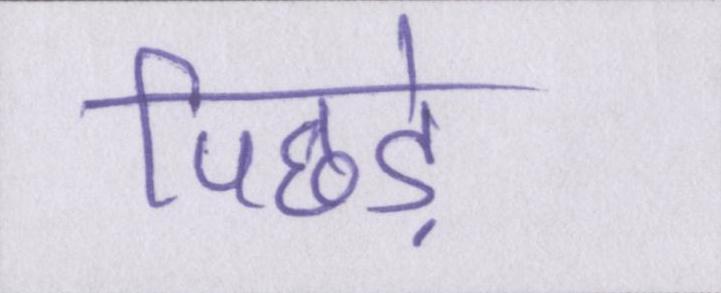
पिछड़े